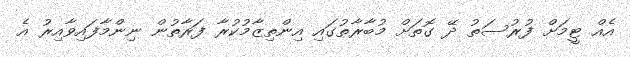
އެއް ޓީމަށް ފުރުސަތު ދޭ ގޮތަށް މުބާރާތުގައި އިންތިޒާމުކުރާ ފަރާތުން ނިންމާފައިވާއިރު އެ